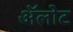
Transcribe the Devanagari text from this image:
अॅलोट